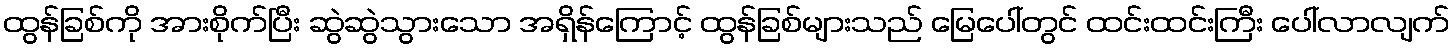
ထွန်ခြစ်ကို အားစိုက်ပြီး ဆွဲဆွဲသွားသော အရှိန်ကြောင့် ထွန်ခြစ်များသည် မြေပေါ်တွင် ထင်းထင်းကြီး ပေါ်လာလျက်